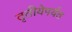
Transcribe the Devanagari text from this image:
तृतीयेपर्यंत